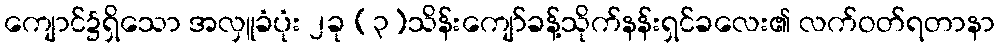
ကျောင်၌ရှိသော အလှူခံပုံး ၂ခု (၃)သိန်းကျော်ခန့်သိုက်နန်းရှင်ခလေး၏ လက်ဝတ်ရတာနာ